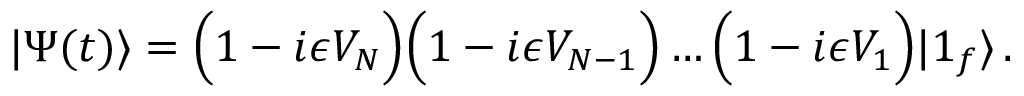
| \Psi ( t ) \rangle = \Bigl ( 1 - i \epsilon V _ { N } \Bigr ) \Bigl ( 1 - i \epsilon V _ { N - 1 } \Bigr ) \dots \Bigl ( 1 - i \epsilon V _ { 1 } \Bigr ) | { \boldsymbol 1 } _ { f } \rangle \, .